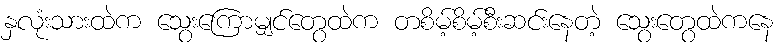
နှလုံးသားထဲက သွေးကြောမျှင်တွေထဲက တစိမ့်စိမ့်စီးဆင်းနေတဲ့ သွေးတွေထဲကနေ